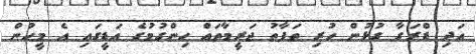
އަދި ޑްރަގާ ގުޅުން ހުރި ތަފާތު ޖަރީމާތައް ހިންގުމުގެ އަޑީގައި އެ މީހުން